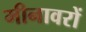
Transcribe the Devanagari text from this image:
मीनावरों